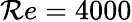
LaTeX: \mathcal{R}e=4000